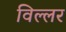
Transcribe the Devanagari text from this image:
विल्लर